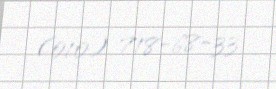
(010) 718-68-33